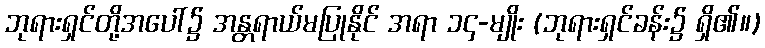
ဘုရားရှင်တို့အပေါ်၌ အန္တရာယ်မပြုနိုင် အရာ ၁၄-မျိုး (ဘုရားရှင်ခန်း၌ ရှိ၏။)